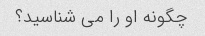
چگونه او را می شناسید؟